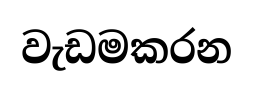
වැඩමකරන